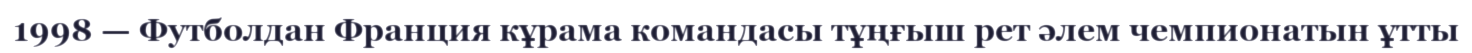
1998 — Футболдан Франция кұрама командасы тұңғыш рет әлем чемпионатын ұтты